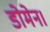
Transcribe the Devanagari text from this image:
डोमेन।